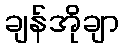
ချန်အိုချာ